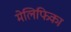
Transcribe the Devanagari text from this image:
मेलिफिका